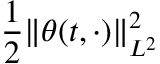
\frac 1 2 \| \theta ( t , \cdot ) \| _ { L ^ { 2 } } ^ { 2 }